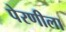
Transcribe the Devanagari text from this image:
पेरणीला